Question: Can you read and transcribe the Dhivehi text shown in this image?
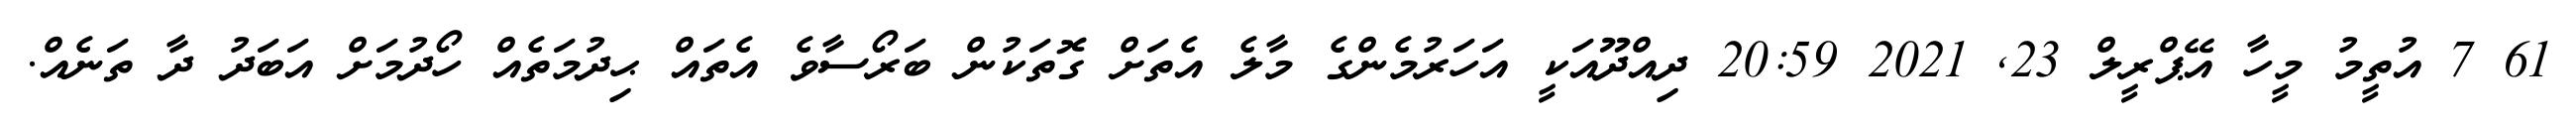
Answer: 61 7 އުތީމު މީހާ އޭޕްރީލް 23, 2021 20:59 ދިއްދޫއަކީ އަހަރުމެންގެ މާލެ އެތަށް ގޮތަކުން ބަރޯސާވެ އެތައް ޙިދުމަތެއް ހޯދުމަށް އަބަދު ދާ ތަނެއް.